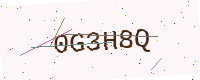
Text: 0G3H8Q